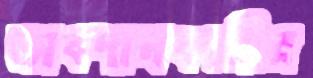
অবদানকারীর